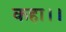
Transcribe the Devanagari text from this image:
कहा।।